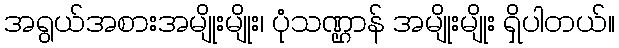
အရွယ်အစားအမျိုးမျိုး၊ ပုံသဏ္ဌာန် အမျိုးမျိုး ရှိပါတယ်။